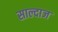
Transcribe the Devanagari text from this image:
साल्दाज